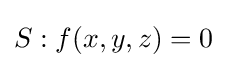
S:f(x,y,z)=0\